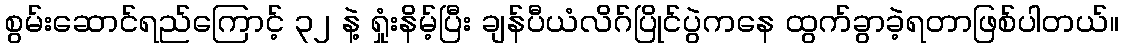
စွမ်းဆောင်ရည်ကြောင့် ၃၂ နဲ့ ရှုံးနိမ့်ပြီး ချန်ပီယံလိဂ်ပြိုင်ပွဲကနေ ထွက်ခွာခဲ့ရတာဖြစ်ပါတယ်။